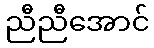
ညီညီအောင်